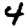
Digit: 4